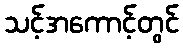
သင့်အကောင့်တွင်